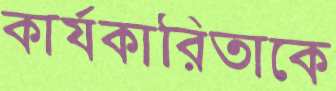
কার্যকারিতাকে